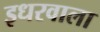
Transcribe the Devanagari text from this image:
इधरवाला